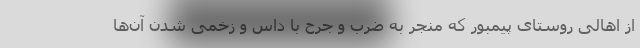
از اهالی روستای پیمبور که منجر به ضرب و جرح با داس و زخمی شدن آن‌ها